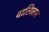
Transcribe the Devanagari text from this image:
वालिसन